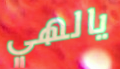
يالهي